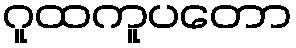
ဂူထကူပတော